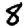
Digit: 8